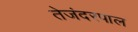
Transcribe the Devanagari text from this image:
तेजंदरपाल